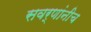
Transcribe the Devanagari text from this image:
सवर्णांनीच